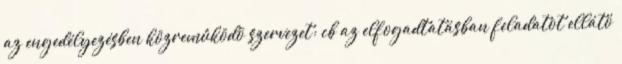
az engedélyezésben közremûködõ szervezet; cb az elfogadtatásban feladatot ellátó